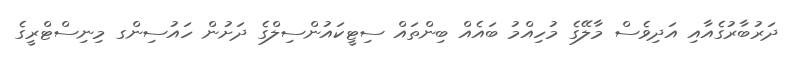
ދަރުބާރުގެއާއި އަދިވެސް މާލޭގެ މުހިއްމު ބައެއް ބިންތައް ސިޓީކައުންސިލްގެ ދަށުން ހައުސިންގ މިނިސްޓްރީގެ